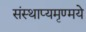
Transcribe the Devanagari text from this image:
संस्थाप्यमृण्मये